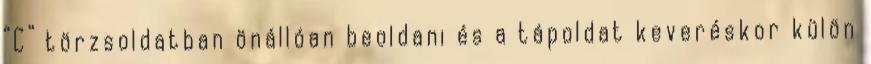
“C” törzsoldatban önállóan beoldani és a tápoldat keveréskor külön